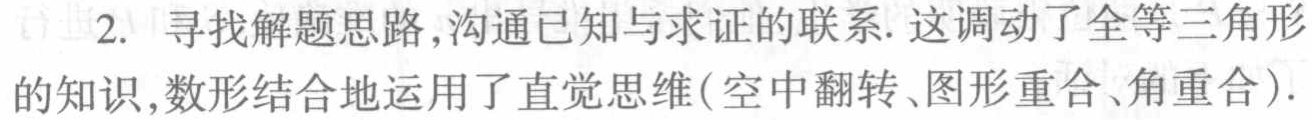
2. 寻找解题思路,沟通已知与求证的联系. 这调动了全等三角形的知识,数形结合地运用了直觉思维(空中翻转、图形重合、角重合).